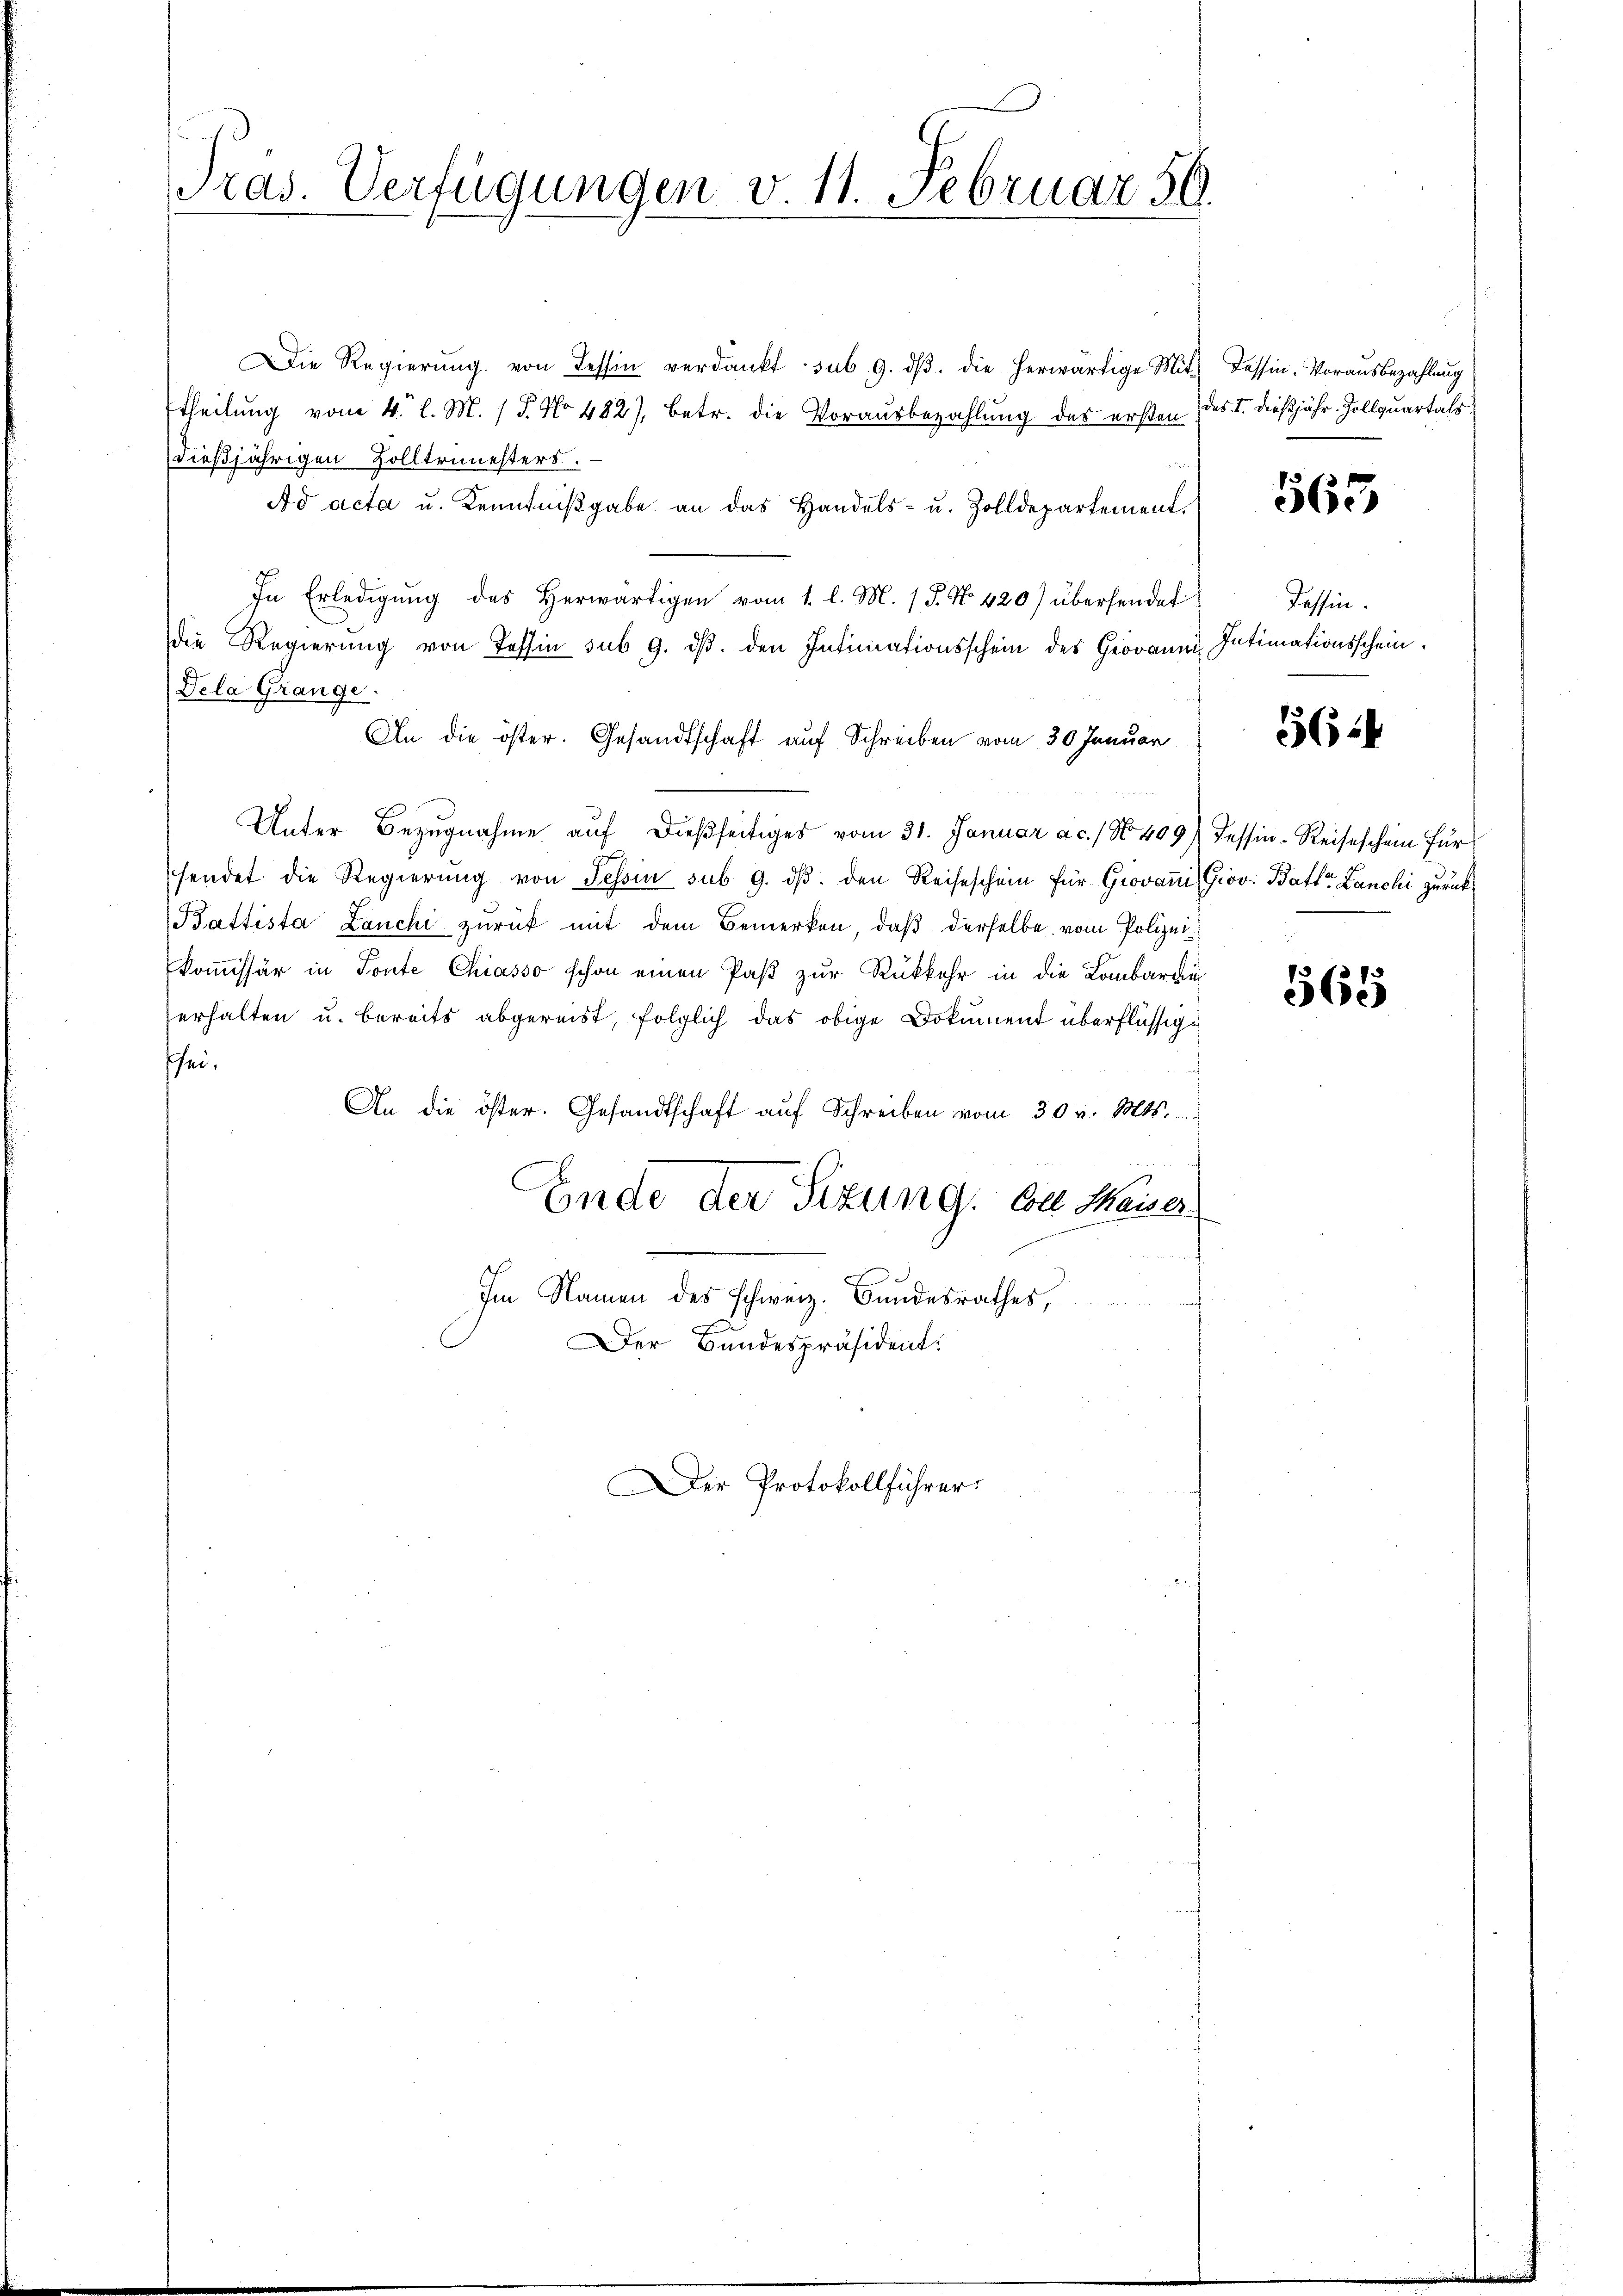
Tras. Verfügungen v. 11. Februar 59.

Die Regierŭng von Tessin verdankt. sub. 9. dβ. die herwärtige Mit-
theilung vom 4. l. M. (T. No 482), betr. die Vorausbezahlung des ersten des I. dießjähr. Zollquartals
dießjährigen Zolltrimesters
Ad acta u. Kenntnißgabe an das Handels- u. Zolldepartement
In Erledigŭng des herwärtigen vom 1. l. M. (T. No 420) übersendet
die Regierŭng von Tessin sub 9. dβ. den Intimationsschein des Giovann
Dela Grange.
An die öster. Gesandtschaft auf Schreiben vom 30. Januar
Unter Bezugnahme auf dießseitiges vom 31. Januar ac. / No 409) Tessin-Reiseschein für
sendet die Regierŭng von Tessin sub. 9. dβ. den Reiseschein für Giovan Giov. Batte Lanchi zurück¬
Battista Lanchi zurück mit dem Bemerken, daβ derselbe vom Polizeikoṁissär in Tonte Chiasso schon einen Paß zur Rückkehr in die Lombardin
erhalten u. bereits abgereist, folglich das obige Dokument überflüssigsei.
An die öster. Gesandtschaft aŭf Schreiben vom 30. v. Mts.
Ende der Sizung. Als Maiser
t
Im Namen des schweiz. Bundesrathes,
Der Bandespräsident:
Der Protokollführer.

Tessin. Vorausbezahlung

563

Tessin.
Intimationsschein.

564

565